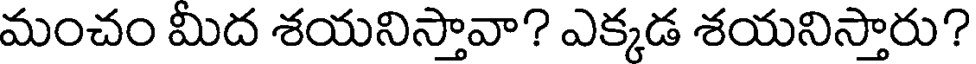
మంచం మిద శయనిస్తావా? ఎక్కడ శయనిస్తారు?